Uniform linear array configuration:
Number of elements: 32
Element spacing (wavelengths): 0.5
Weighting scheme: hann
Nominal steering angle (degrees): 0
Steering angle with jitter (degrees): -1.92
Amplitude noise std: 0.05
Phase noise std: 0.05

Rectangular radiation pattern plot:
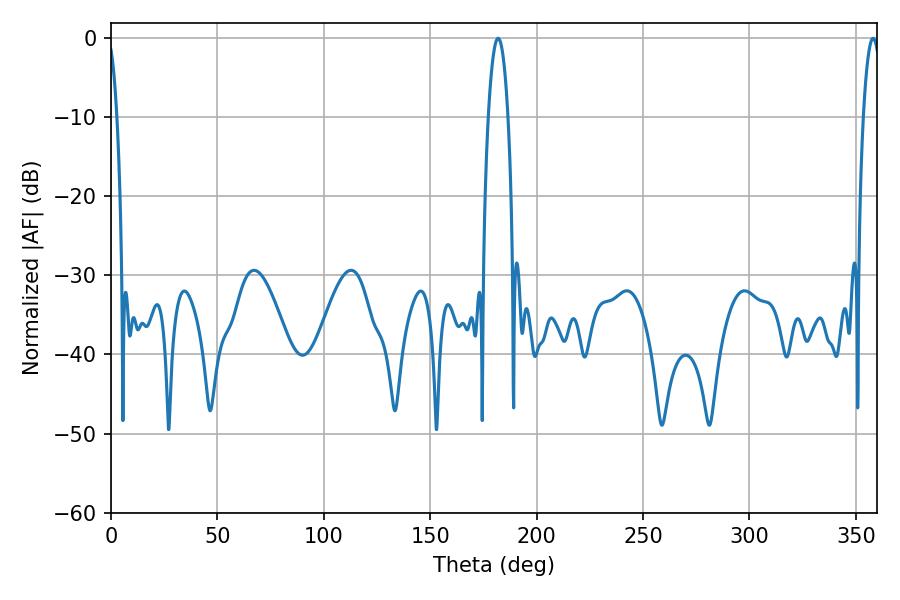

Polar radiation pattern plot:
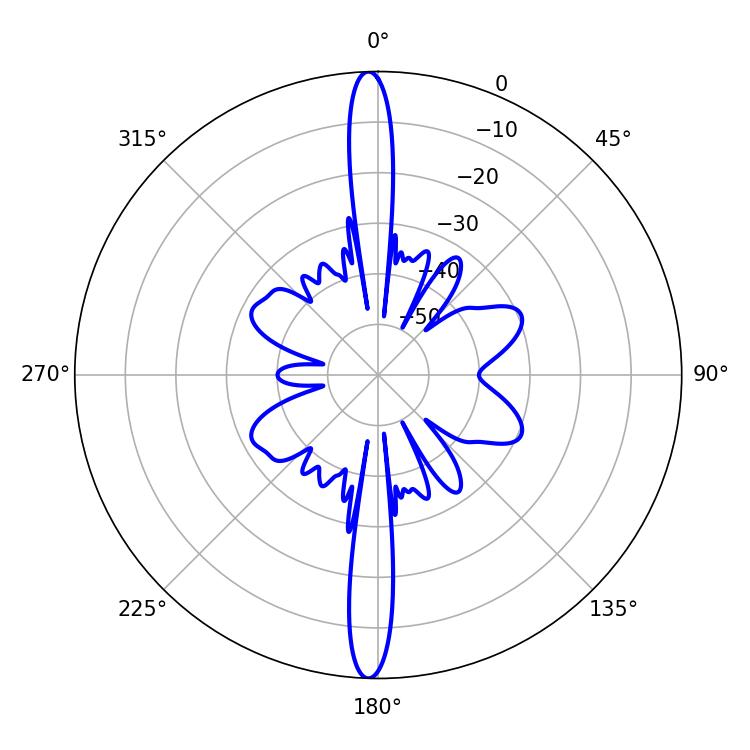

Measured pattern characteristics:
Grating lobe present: FALSE
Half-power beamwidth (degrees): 5.22
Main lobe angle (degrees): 181.98